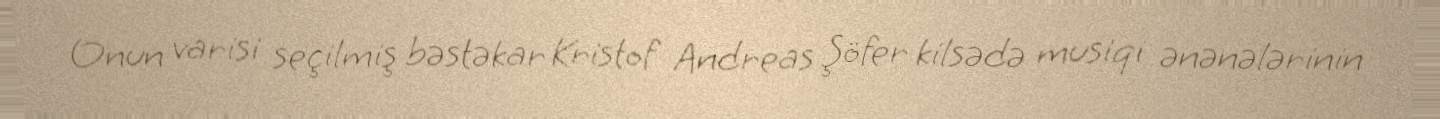
Onun varisi seçilmiş bəstəkar Kristof Andreas Şöfer kilsədə musiqi ənənələrinin